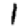
Digit: 1